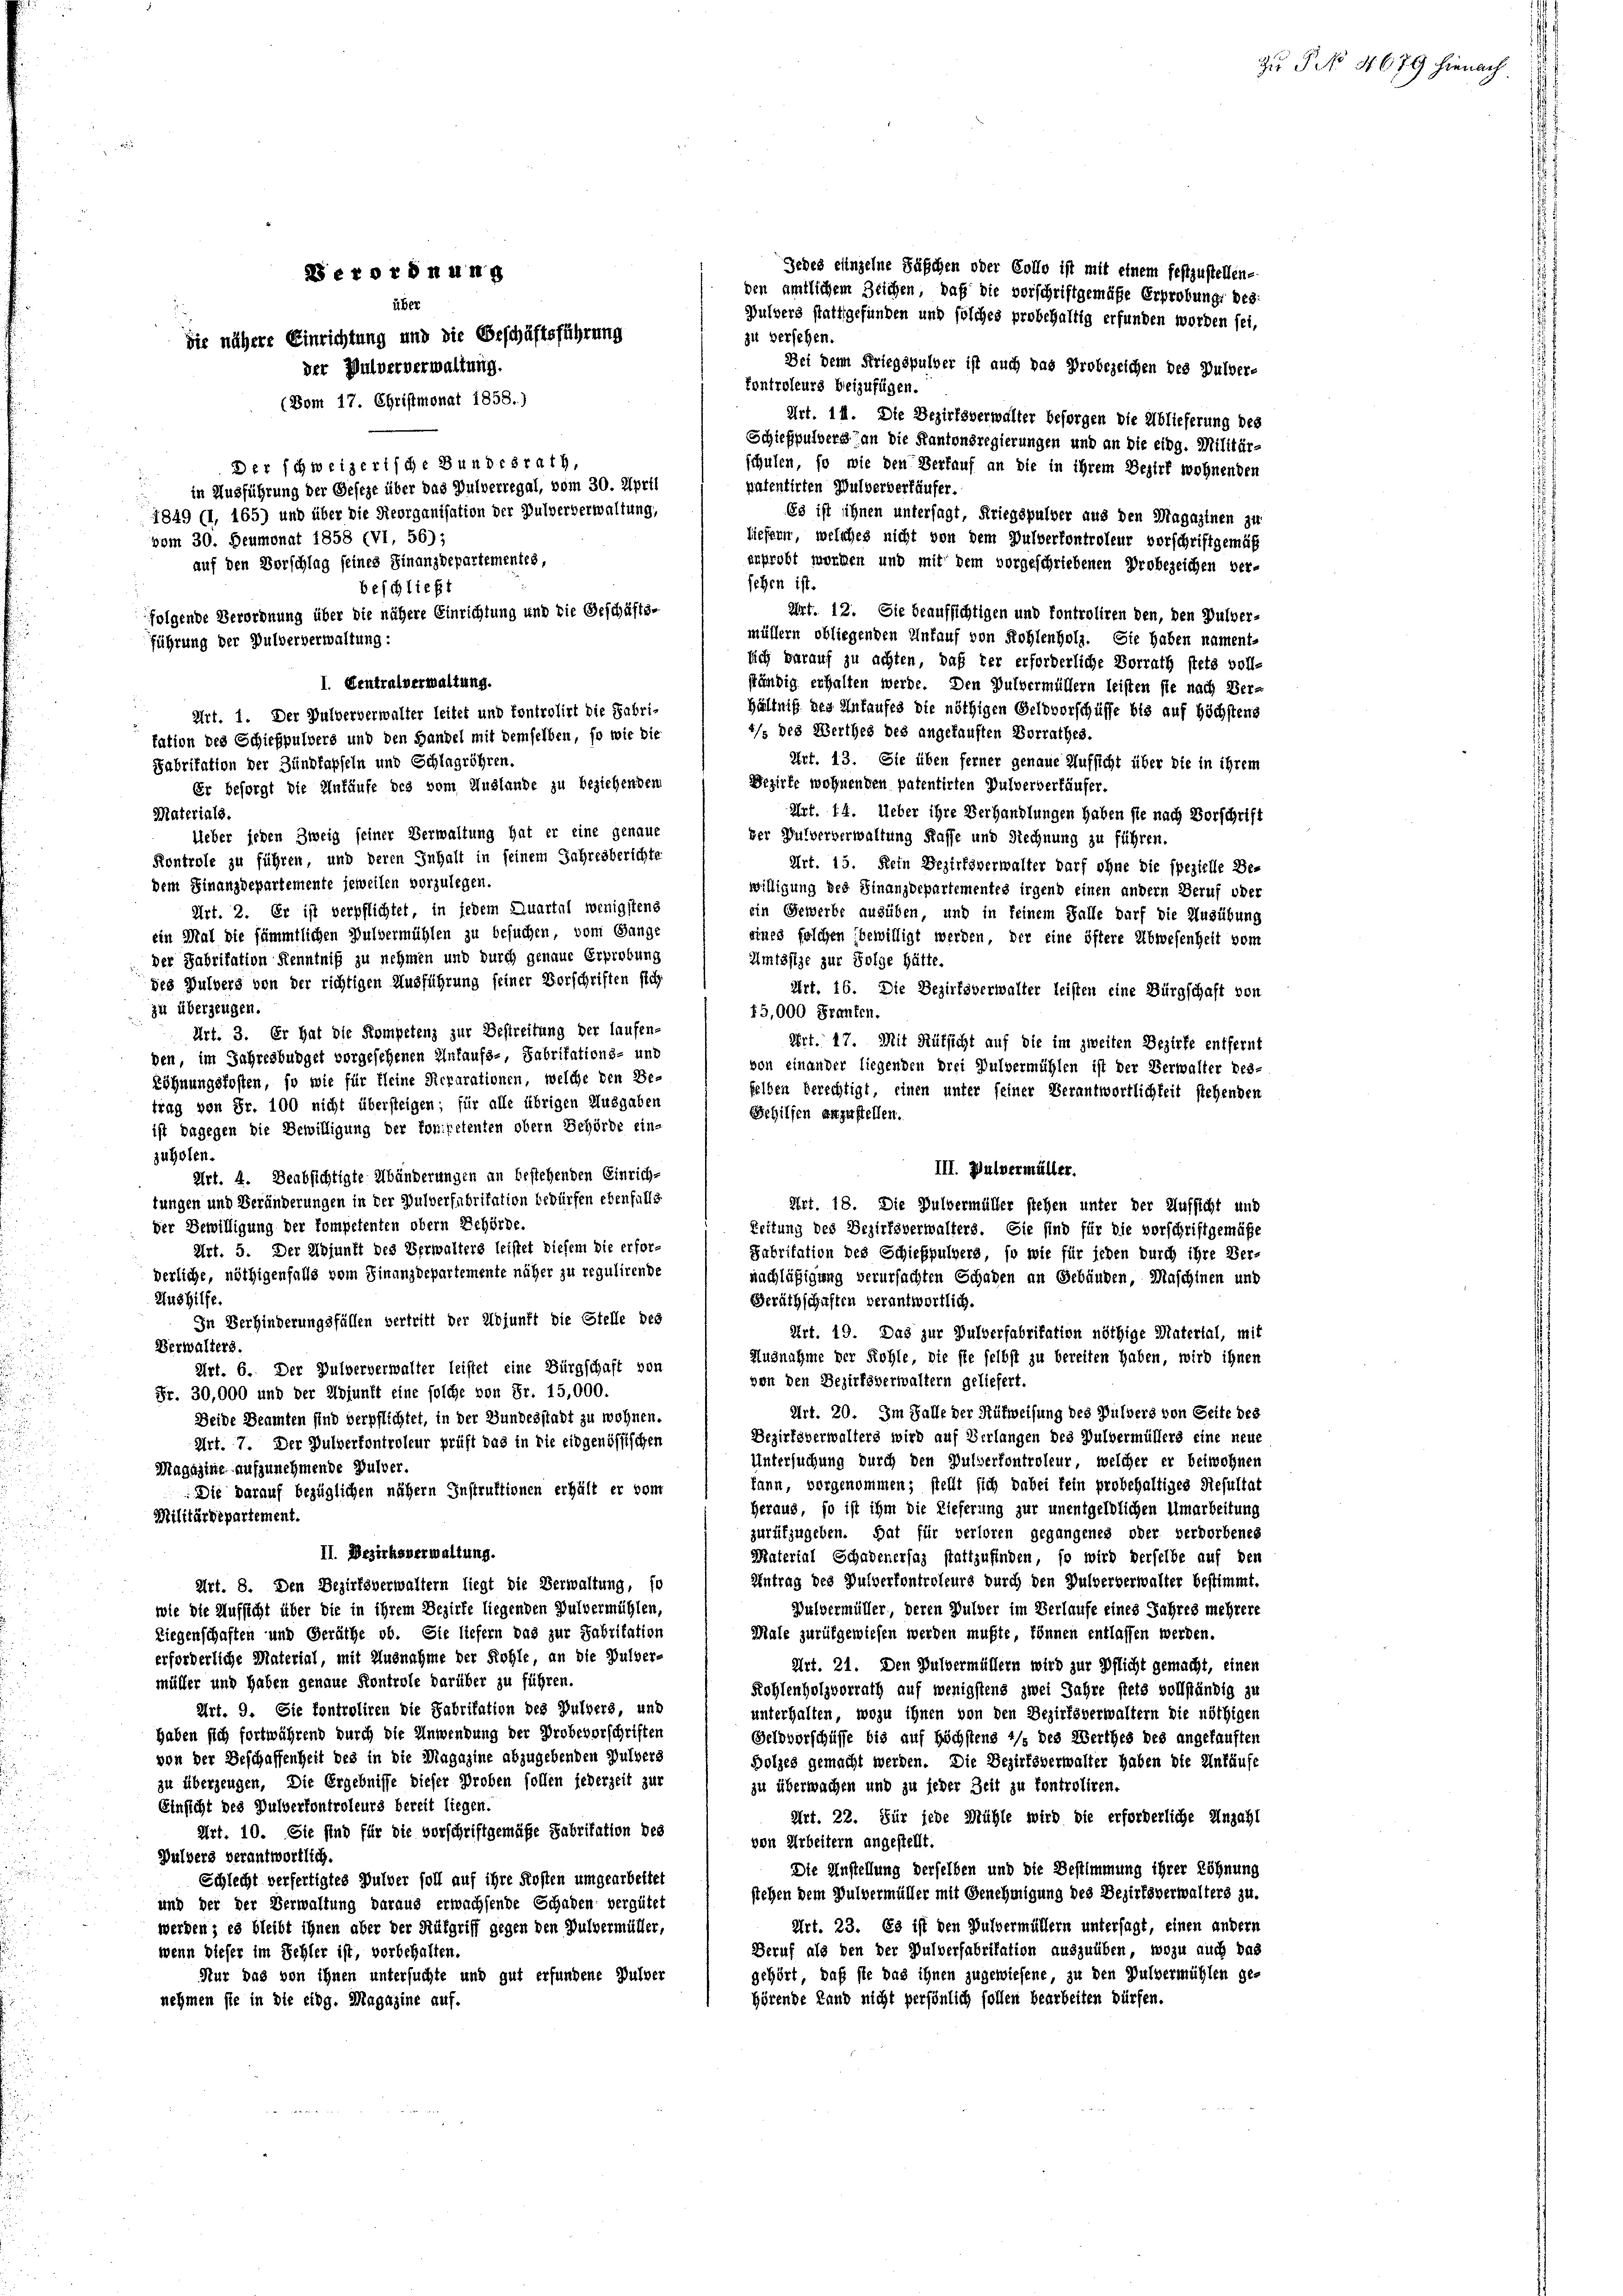
Jedes einzelne Säschen oder Collo ist mit einem festzustellene
Derordnung
den amtlichem Zeichen, daß die vorschriftgemäße Erprobung des:
über
Bulvers stattgefunden und solches probehaltig erfunden worden sei,
zu versehen.
Sie nähere Einrichtung und die Beschäftsführung
Bei dem Kriegspulver ist auch das Probezeichen des Pulver-
der Wulververwaltung.
kontroleurs beizufügen.
(Vom 17. Christmonat 1858.)
Art. 11. Die Bezirksverwalter besorgen die Ablieferung des
Schießpulvers an die Kantonsregierungen und an die eidg. Militär-
Der schweizerische Bundesrath,
schulen, so wie den Verlauf an die in ihrem Bezirk wohnenden
.
in Ausführung der Geseze über das Pulverregal, vom 30. April
1849 (1, 165) und über die Reorganisation der Pulververwaltung,
Es ist ihnen untersagt, Kriegspulver aus den Magazinen zur
liefern, welches nicht von dem Pulverkontroleur vorschriftgemäß
vom 30. Heumonat 1858 (VI, 56);
auf den Vorschlag seines Finanzdepartementes,
erprobt worden und mit dem vorgeschriebenen Probezeichen ver-
sehen ist.
beschließt
Art. 12. Sie beaufsichtigen und fontroliren den, den Pulver-
folgende Verordnung über die nähere Einrichtung und die Geschäfts-
müllern obliegenden Unfauf von Rohlenholz. Sie haben nament-
führung der Pulververwaltung:
sich darauf zu achten, daß der erforderliche Vorrath stets voll-
I. Eintralverwaltung.
ständig erhalten werde. Den Pulvermüllern leisten sie nach Ver-
5
hältniß des Ankaufes die nöthigen Geldvorschäffe bis auf höchstens
Art. 1. Der Pulververwalter leitet und kontrolirt die Fabri-
4/s des Werthes des angekauften Vorrathes.
tation des Schießpulvers und den Handel mit demselben, so wie die
Art. 13. Sie üben ferner genaue Aufsicht über die in ihrem
Fabritation der Zündkapseln und Schlagröhren.
Bezirke wohnenden patentirten Pulverberkäufer.
Er besorgt die Unfäufe des vom Auslande zu beziehenden
Art. 14. Ueber ihre Verhandlungen haben sie nach Vorschrift
Materials.
Ueber jeden Zweig seiner Verwaltung hat er eine genaue
der Pulververwaltung Kasse und Rechnung zu führen.
Kontrole zu führen, und deren Inhalt in seinem Jahresberichte

Art. 15. Kein Bezirfsverwalter darf ohne die spezielle Be-
dem Finanzdepartemente jeweilen vorzulegen.
willigung des Finanzdepartementes irgend einen andern Beruf oder
Art. 2. Er ist verpflichtet, in jedem Quartal wenigstens
ein Gewerbe ausüben, und in seinem Falle darf die Ausübung
ein Mal die sämmtlichen Pulvermühlen zu besuchen, vom Gange
eines folchen bewilligt werden, der eine öftere Abwesenheit vom
der Fabrikation Kenntniß zu nehmen und durch genaue Erprobung
Amtssitze zur Folge hätte.
Art. 16. Die Bezirksverwalter leisten eine Bürgschaft von
zu überzeugen.
15,000 Franten.
Art. 3. Er hat die Kompetenz zur Bestreitung der laufen-
Art. 17. Mit Rüksicht auf die im zweiten Bezirke entfernt
den, im Jahresburgel vorgesehenen Ankaufs-, Fabritations- und
von einander liegenden drei Pulvermühlen ist der Verwalter des-
Röhnungskosten, so wie für kleine Reparationen, welche den Be-
felben berechtigt, einen unter seiner Verantwortlichkeit stehenden
trag von Fr. 100 nicht übersteigen; für alle übrigen Ausgaben
Schilfen anzustellen.
ist dagegen die Bewilligung der Tonipetenten obern Behörde ein-
zuholen.
Art. 4. Beabsichtigte Abänderungen an bestehenden Einrich
der Bewilligung der kompetenten obern Behörde.
Art. 5. Der Ubjunft des Verwalters leistet diesem die erforderliche, nöthigenfalls vom Finanzdepartemente näher zu regulirende
nachläßigung verursachten Schaden an Gebäuden, Maschinen und
Aushilfe.
Beräthschaften verantwortlich.
In Verhinderungsfällen vertritt der Adjunft die Stelle des
Art. 19. Das zur Dulverfabrikation nöthige Material, mit
Verwalters.
Ausnahme der Kohle, die sie selbst zu bereiten haben, wird ihnen
Art. 6. Der Pulververwalter leistet eine Bürgschaft von
von den Bezirksverwaltern geliefert.
Fr. 30,000 und der Adjunft eine solche von Fr. 15,000.
Art. 20. Im Falle der Hüfweisung des Pulvers von Seite des
Beide Beamten sind verpflichtet, in der Bundesstadt zu wohnen.
Bezirksverwalters wird auf Verlangen des Pulvermüllers eine neue
Art. 7. Der Pulverfontroleur prüft das in die eidgenössischen
Untersuchung durch den Pulverfontroleur, welcher er beiwohnen
Magazine aufzunehmende Bulver.
kann, vorgenommen; stellt sich dabei fein probehaltiges Resultat
Die Darauf bezüglichen nähern Instruktionen erhält er vom
heraus, so ist ihm die Lieferung zur unentgeldlichen Umarbeitung
Militärdepartement.
zurufzugeben. Hat für verloren gegangenes oder verdorbenes
II. Bezirksverwaltung.
Material Schadenersaz stattzufinden, so wird derselbe auf den
Antrag des Pulverfontroleurs durch den Pulververwalter bestimmt.
Art. 8. Den Bezirksverwaltern liegt die Verwaltung, so
wie die Aufsicht über die in ihrem Bezirke liegenden Pulvermühlen,
Bulvermüller, deren Pulver im Verlaufe eines Jahres mehrere
Liegenschaften und Geräthe ob. Sie liefern das zur Fabritation
Male zurükgewiesen werden mußte, können entlassen werden.
erforderliche Material, mit Ausnahme der Kohle, an die Pulver-
Art. 21. Den Bulvermüllern wird zur Pflicht gemacht, einen
müller und haben genaue Kontrole darüber zu führen.
Kohlenholzvorrath auf wenigstens zwei Jahre stets vollständig zu
Art. 9. Sie fontroliren die Fabritation des Pulvers, und
unterhalten, wozu ihnen von den Bezirksverwaltern die nöthigen
haben sich fortwährend durch die Anwendung der Probevorschriften
Geldvorschüsse bis auf höchstens 1/3 des Werthes des angekauften
von der Beschaffenheit des in die Magazine abzugebenden Pulvers
Holzes gemacht werden. Die Bezirksverwalter haben die Unkäufe
zu überzeugen. Die Ergebnisse dieser Proben sollen jederzeit zur
zu überwachen und zu jeder Zeit zu kontroliren.
Einsicht des Pulverfontroleurs bereit liegen.
Art. 22. Für jede Mühle wird die erforderliche Anzahl
Art. 10. Sie sind für die vorschriftgemäße Fabritation des
von Arbeitern angestellt.
Bulberg verantwortlich.
Die Anstellung derselben und die Bestimmung ihrer Löhnung
Schlecht verfertigtes Pulver soll auf ihre Kosten umgearbeitet
stehen dem Pulvermüller mit Genehmigung des Bezirksverwalters zu.
und der der Verwaltung daraus erwachsende Schaden vergütet
Art. 23. Es ist den Pulvermüllern untersagt, einen andern
werden; es bleibt ihnen aber der Hülgriff gegen den Pulvermüller,
Beruf als den der Pulverfabritation auszuüben, wozu auch das
wenn dieser im Schler ist, vorbehalten.
gehört, daß sie das ihnen zugewiesene, zu den Pulvermühlen ge-
Nur das von ihnen untersuchte und gut erfundene Pulver
hörende Land nicht persönlich sollen bearbeiten dürfen.
nehmen sie in die eidg. Magazine auf.

des Pulvers von der richtigen Ausführung feiner Vorschriften sich

tungen und Veränderungen in der Pulverfabritation bedürfen ebenfalls

patentirten Wulverberkäufer.

III. Wulvermüller.
Art. 18. Die Pulvermüller stehen unter der Aufsicht und
Leitung des Bezirksverwalters. Sie sind für die vorschriftgemäße
Fabritation des Schießpulvers, so wie für jeden durch ihre Ver-

.
4. 679 hienach